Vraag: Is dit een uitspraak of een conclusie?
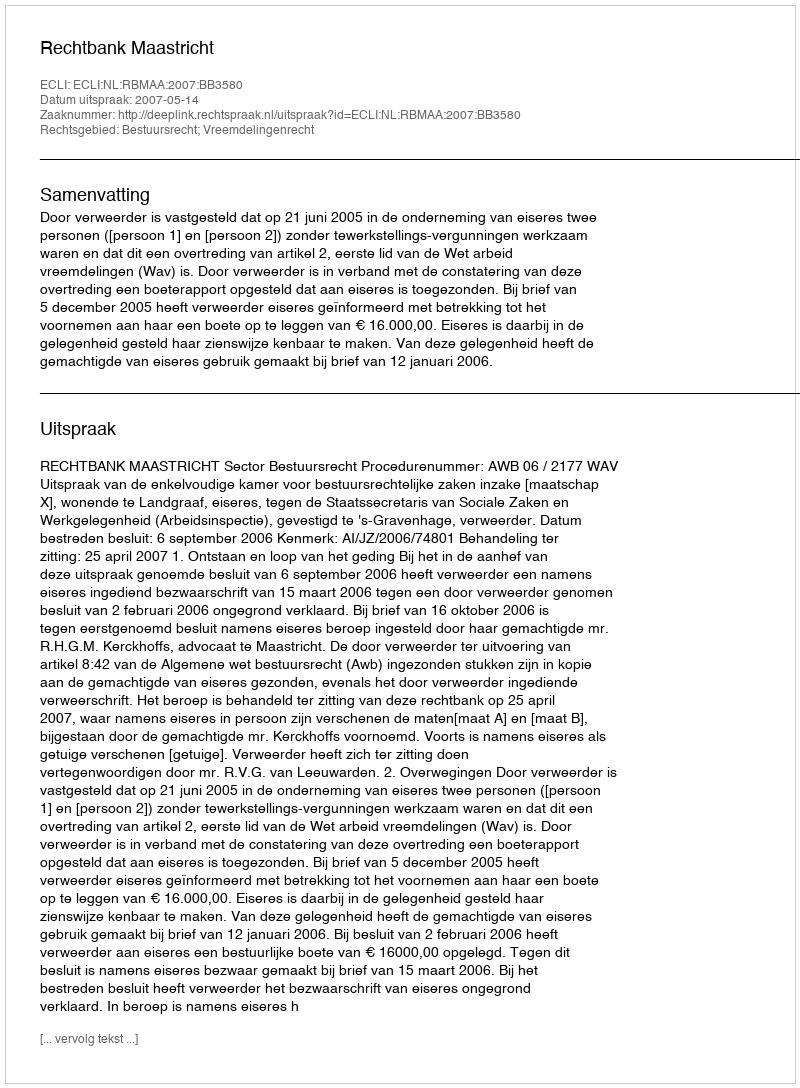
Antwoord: Uitspraak